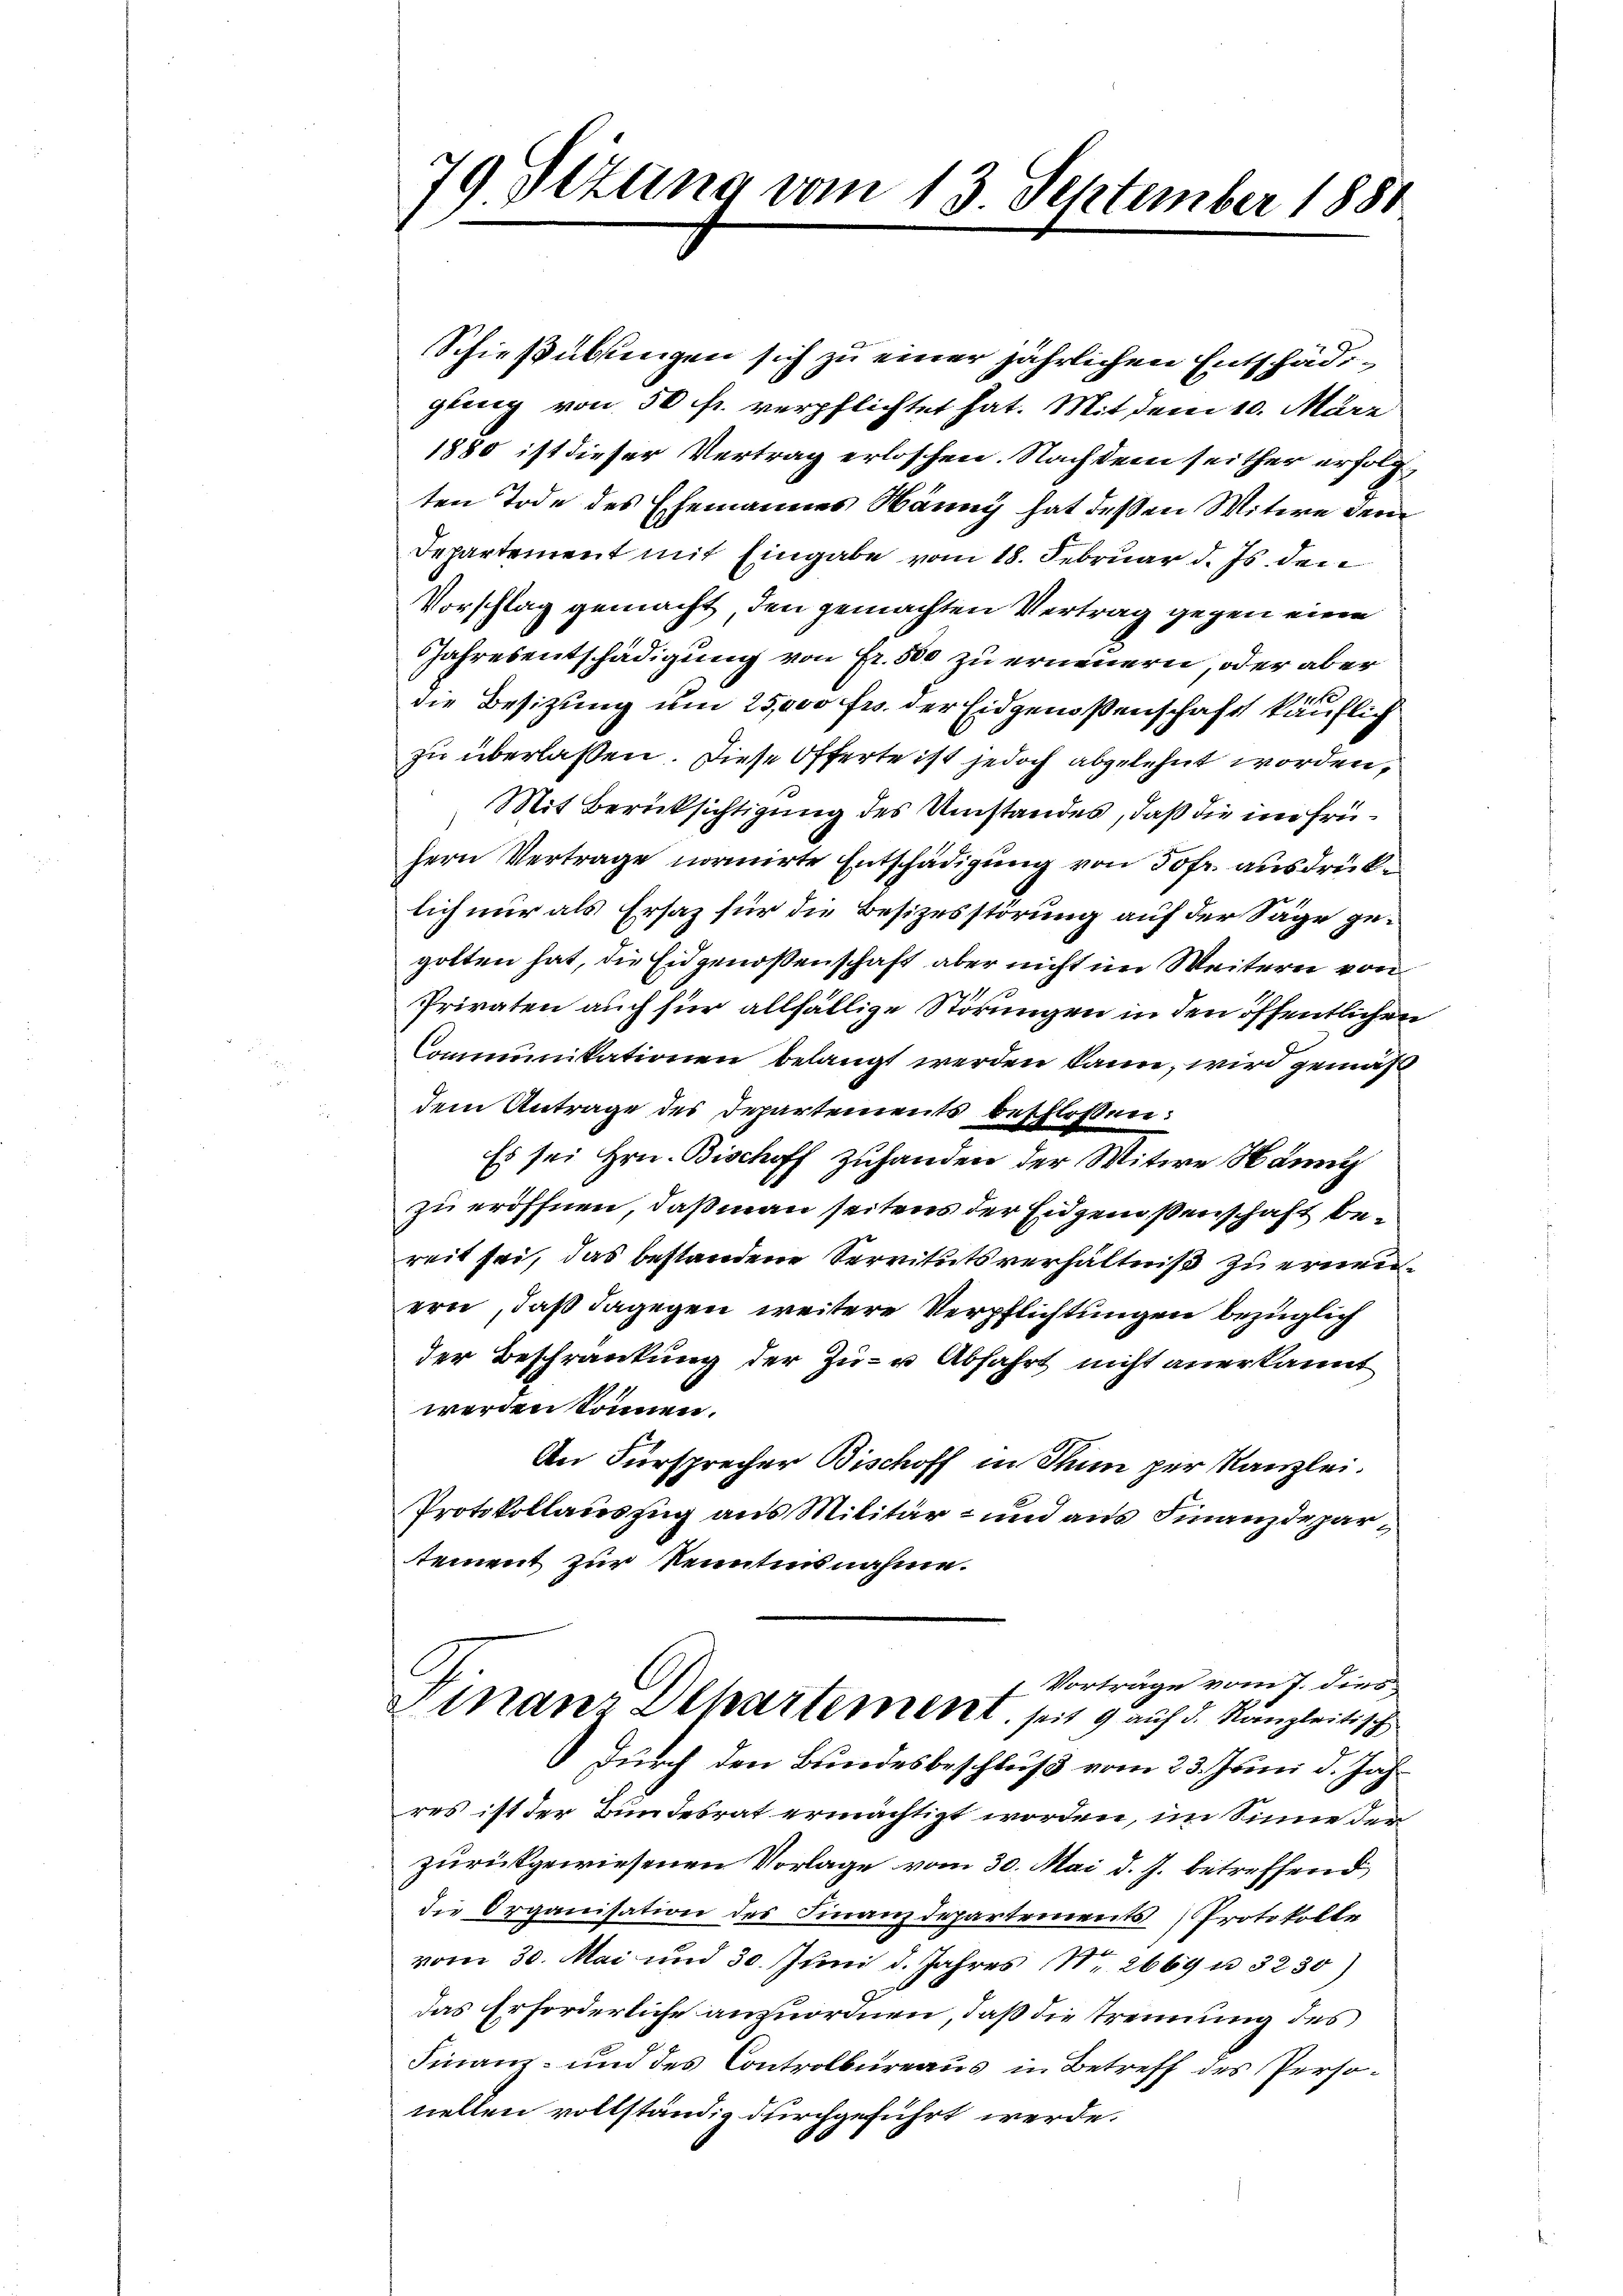
79. Sizung vom 13. September 1880
s

Schießübungen sich zu einer jährlichen Entschädgling von 50 fr. verpflichtet hat. Mit dem 10. März
1880 ist dieser Vertrag erloschen. Nach dem seither erfolgten Tode des Ehemannes Hänny hat deßen Witwe dem
Departement mit Eingabe vom 18. Februar d. Js. den
Vorschlag gemacht, den gemachten Vertrag gegen eine
Jahresentschädigung von Fr. 500 zu erneuern, oder aber
die Besitzung um 25000 frs. der Eidgenoßenschaft käuflich
zu überlassen. Diese Offerte ist jedoch abgelehnt worden,
Mit Berücksichtigung des Umstandes, daß die im frühern Vertrage normirte Entschädigung von Jofr. ausdrüklich nur als Ersaz für die Besizesstörung auf der Säge gegolten hat, die Eidgenossenschaft aber nicht im Weitern von
Privaten auch für allfällige Störungen in den öffentlichen
Communikationen belangt werden kann, wird gemäß
dem Antrage des Departements beschlossen:
Es sei Hrn. Bischoff Zuhanden der Witwe Männ
zu eröffnen, daß man seitens der Eidgenossenschaft bereit sei, das bestandene Servitutsverhältniß zu ernenern, daß dagegen weitere Verpflichtungen bezüglich
der Beschränkung der Zu- u Abfahrt nicht anerkannt
werden können.
An Fürsprecher Bischoff in Thun per Kanzlei.
Protokollauszug aus Militär- und aus Finanzdepartement zur Kenntnisnahme.
 Vorträge vom 7. dies
Finanz Departement seit 9 auf d. Kanzleitisch
Durch den Bundesbeschluß vom 23. Juni d. Jahres ist der Bundesrat ermächtigt worden, im Sinne der
zurückgewiesenen Vorlage vom 30. Mai d. J. betreffend
die Organisation des Finanzdepartements Protokolle
vom 30. Mai und 30. Juni d. Jahres Nr. 2669 u. 3230)
das Erforderliche anzuordnen, daß die Trennung des
Finanz- und des Controlbureaus in Betreff des Personellen vollständig durchgeführt werde.